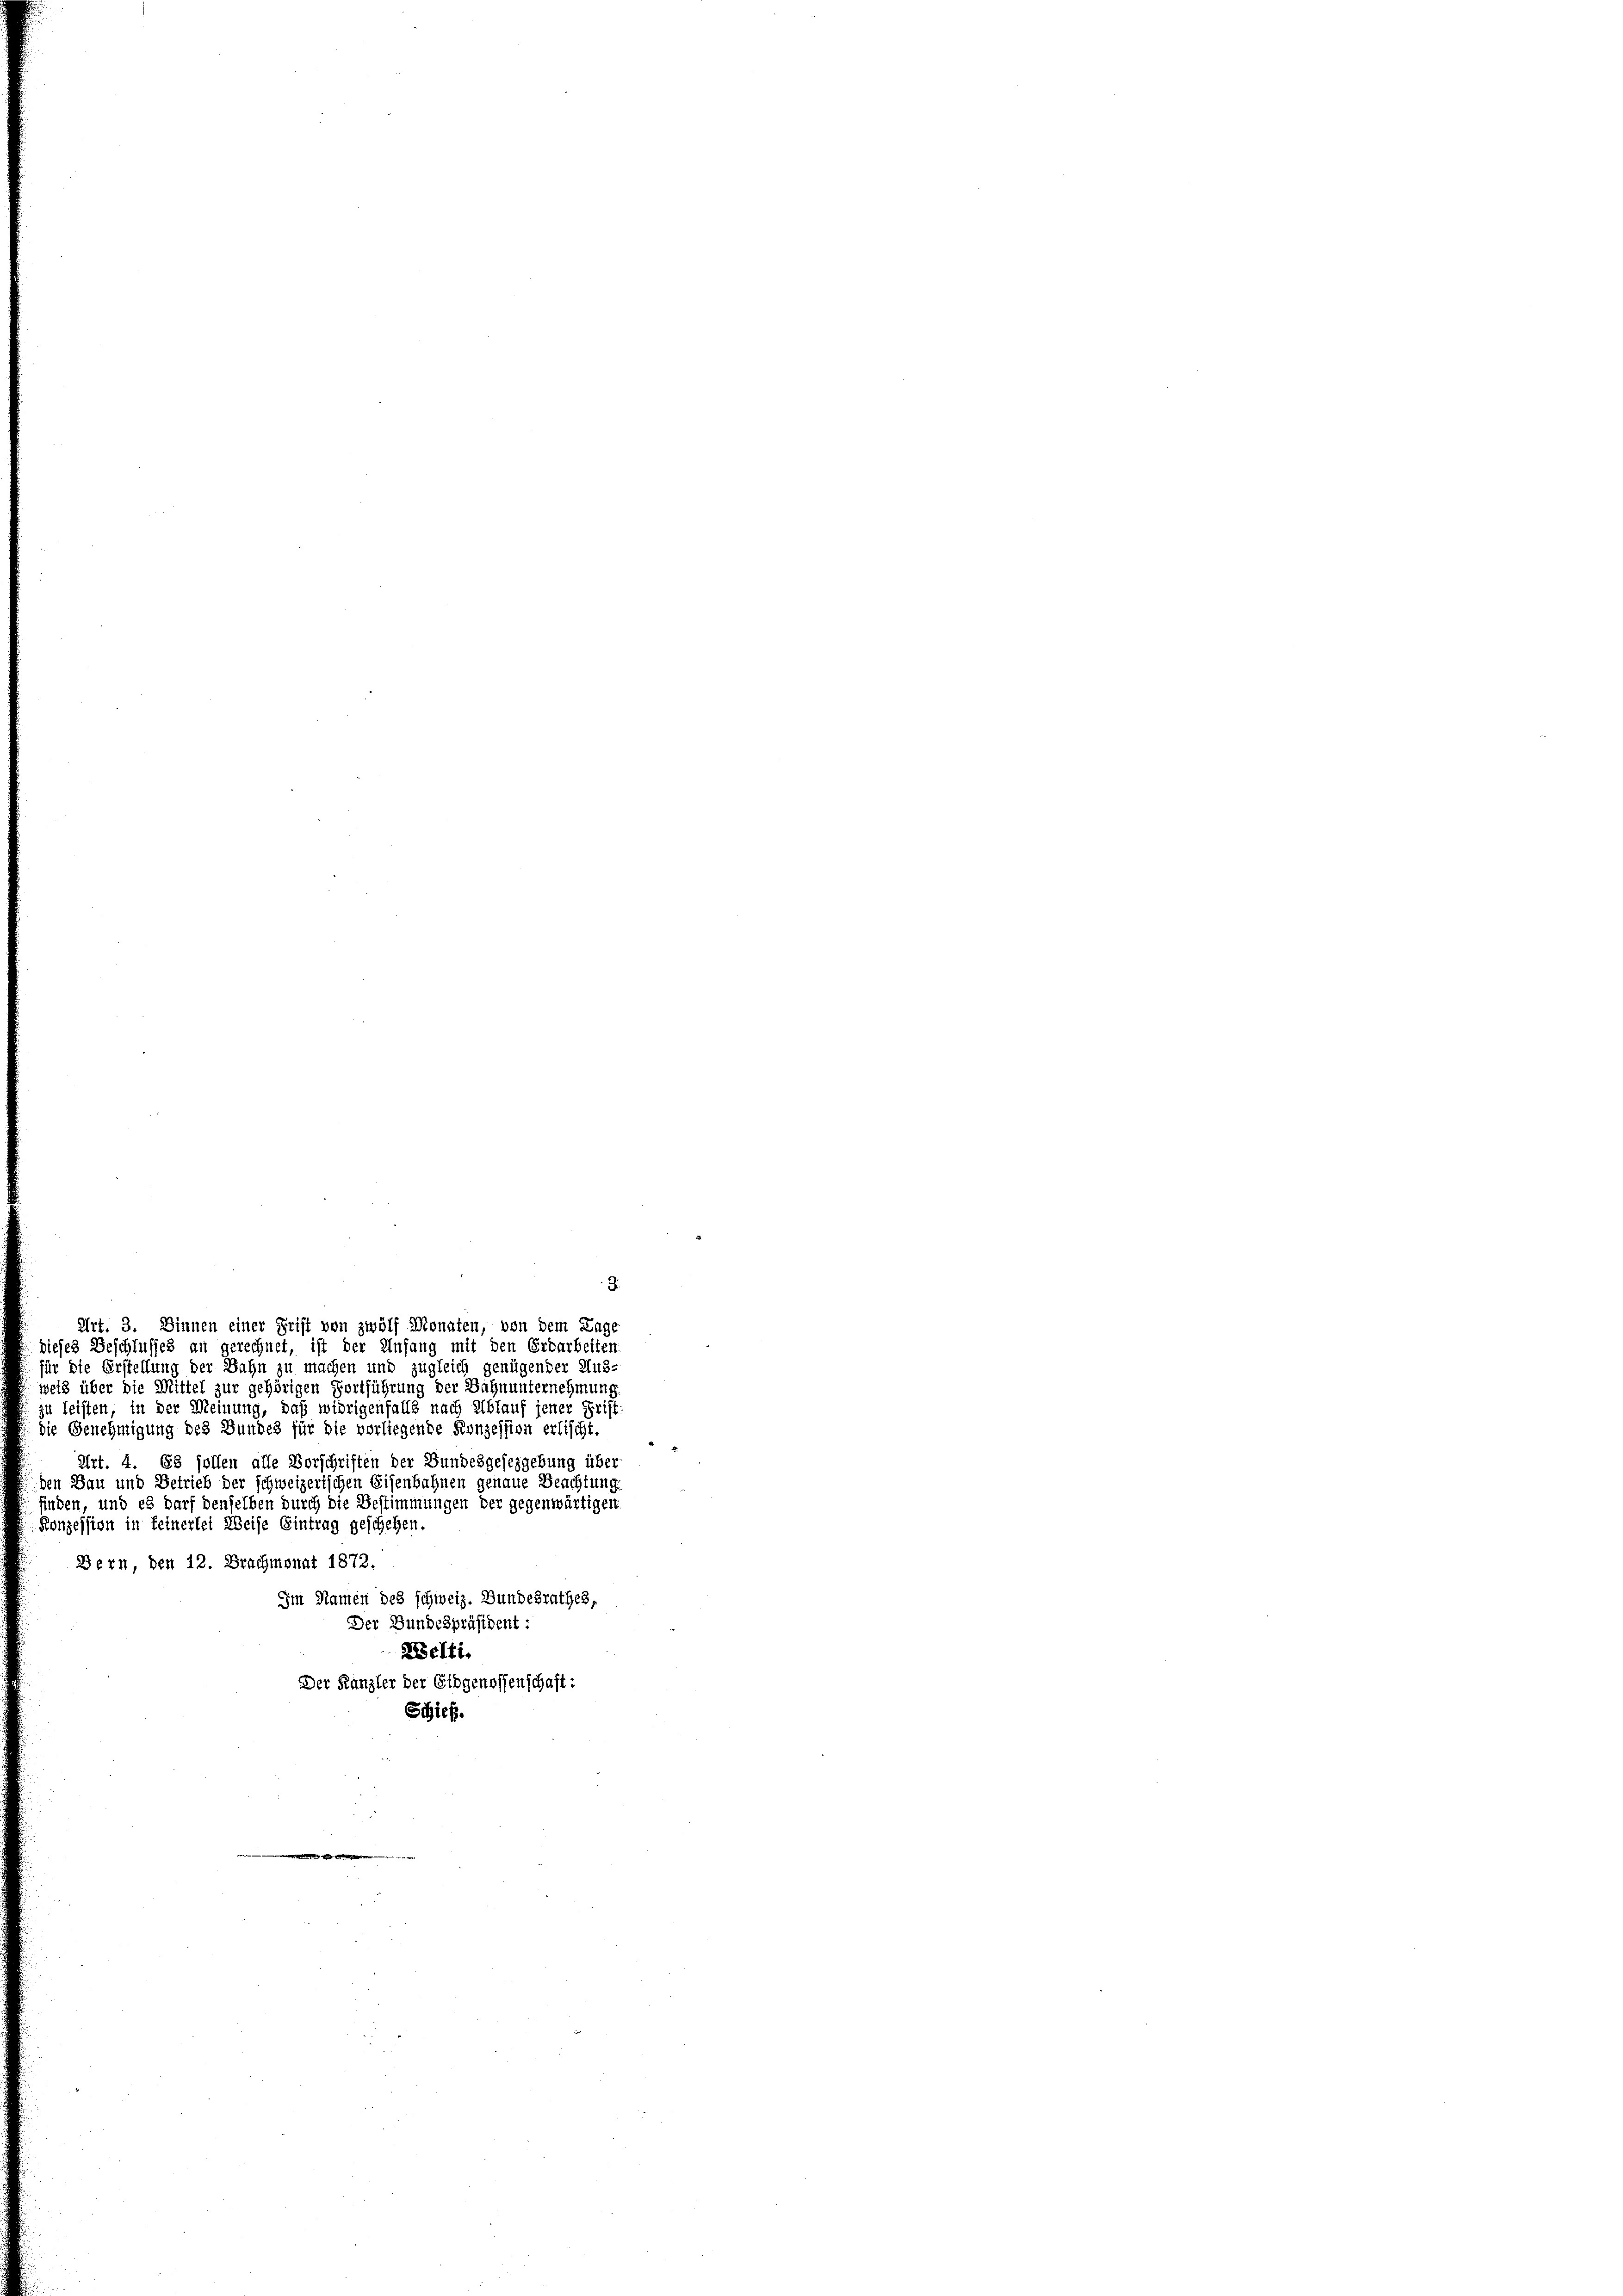
Art. 3. Dinnen einer Frist von zwölf Monaten, von dem Lage
dieses Beschlusses an gerechnet, ist der Anfang mit den Erdarbeiten
für die Erstellung der Bahn zu machen und zugleich genügender Aus-

weis über die Mittel zur gehörigen Fortführung der Bahnunternehmung
zu leisten, in der Meinung, daß widrigenfalls nach Ablauf jener Frist-
die Genehmigung des Bundes für die vorliegende Konzession erlischt.
Art. 4. 63 sollen alle Vorschriften der Bundesgesezgebung über
den Bau und Betrieb der schweizerischen Eisenbahnen genaue Beachtung
finden, und es darf denselben durch die Bestimmungen der gegenwärtigen
Konzession in feinerlei Weise Eintrag geschehen.
Bern, den 12. Brachmonat 1872.
Im Namen des schweiz. Bundesrathes,
Der Bundespräsident:
Zelti.
Der Kanzler der Eidgenossenschaft:
Schick.

.